system: You are a helpful assistant.
user:
Analyze the provided spectrum to determine if it is a **White Dwarf (WD)**.

A White Dwarf spectrum is defined by its **extreme purity** (due to gravitational settling) and/or **extreme pressure broadening** (due to high surface gravity). You must check for one of the following mutually exclusive signatures:

- **Key Visual Indicators (Check for ONE of these types):**

    - **1. DA-Type Signature (Most Common):**
        - **(Primary Feature):** Extreme pressure broadening (Stark broadening) of the **Hydrogen (H) Balmer lines**.
        - **(Key Lines):** $H\beta$ (approx. $4861$ Å) and $H\gamma$ (approx. $4340$ Å). $H\alpha$ (approx. $6563$ Å) will also be present if the wavelength range covers it.
        - **(Line Profile):** This is the **defining feature**. The lines are **NOT** sharp. They appear as massive, **extremely broad and deep "troughs" or "dips"** in the spectrum, often hundreds of Ångströms wide. The continuum will appear to "scoop" down at these wavelengths.
        - **(Distinction):** Normal A-type or B-type stars have *narrow* and *sharp* Hydrogen lines. A DA White Dwarf's lines are unmistakably "smeared" or "blurry" from pressure.

    - **2. DB-Type Signature:**
        - **(Primary Feature):** Broad absorption lines from **Neutral Helium (He I)**. The spectrum must lack any visible Hydrogen lines.
        - **(Key Lines):** Look for broad absorption near $4471$ Å, $4921$ Å, and $5876$ Å.
        - **(Line Profile):** These lines are also significantly pressure-broadened, appearing much wider than they would in a normal B-type main-sequence star.

    - **3. DC-Type Signature:**
        - **(Primary Feature):** A **featureless continuous spectrum**.
        - **(Line Profile):** The spectrum is a smooth curve with **no significant absorption or emission lines**.
        - **(Key Confirmation):** The continuum is almost always **blue or white**, indicating a hot object. This signature implies the atmosphere is so pure (or so cool) that no spectral lines are visible in the optical range. Its WD identity is confirmed by its extremely low intrinsic brightness (high absolute magnitude).

    - **4. DZ-Type Signature (Metal-Polluted):**
        - **(Primary Feature):** **Isolated, narrow metal absorption lines** on an otherwise featureless (DC-like) continuum.
        - **(Key Lines):** The **Calcium (Ca II) H & K doublet** (approx. **$3934$ Å** and **$3968$ Å**) is the most common and defining feature.
        - **(Line Profile):** These lines are "out of place." They are *not* part of a "forest" of thousands of lines. This signature is evidence of recent *accretion* (pollution) from rocky debris.
        - **(Distinction):** Normal G/K/M stars have a *dense forest* of thousands of metal lines. A DZ has a *clean* continuum with *only a few* strong metal lines.

    - **5. DQ-Type Signature (Carbon-Polluted):**
        - **(Primary Feature):** Absorption bands from **Carbon (C₂ "Swan Bands" or atomic C I)**.
        - **(Key Lines - C₂):** Look for bandheads with a "saw-tooth" shape near $5635$ Å, **$5165$ Å** (strongest), and $4737$ Å.
        - **(Key Confirmation):** The underlying **continuum must be blue or white** (hot).
        - **(Distinction):** This is the critical difference from a **Carbon Star**, which has the *exact same* C₂ bands but on an extremely **red, cool** continuum.

- **(Overall Spectrum):**
    - The continuum (overall shape) is typically **blue-sloping** (brighter in the blue than the red), as most white dwarfs are very hot.
    - The spectrum will look "pure" or "simple," dominated by only *one* of the five signatures listed above.

Think first, call **spectral_visualization_tool** if needed to examine features in detail, then provide your final answer. Your response must adhere to the following strict rules:
1.  **Overall Structure:** Your response must follow the format `<think>...</think> <tool_call>...</tool_call> (if a tool is used) <answer>...</answer>`.
2.  **Tool Usage Constraint:** You may only make **one** tool call per turn.
3.  **Final Answer Format:** In the `<answer>` tag, your conclusion must be inside a `\boxed{}` command (e.g., `\boxed{YES}` or `\boxed{NO}`), followed by your justification.

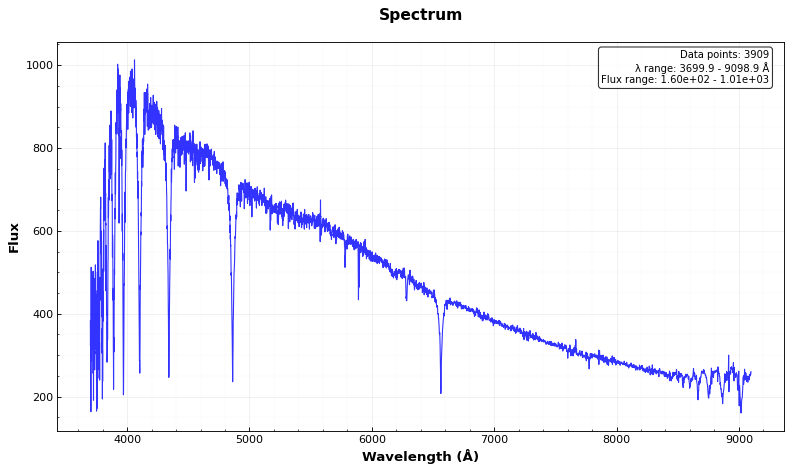
Answer: NO